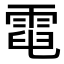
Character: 𩃓